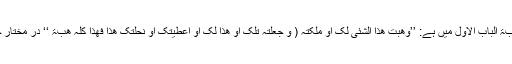
جیسا کہ عالمگیری جلد۴صفحہ ۲۷۵ کتاب الھبۃ الباب الاول میں ہے: ’’وھبت ھذا الشئی لک او ملکتہ ( و جعلتہ تلک او ھذا لک او اعطیتک او نحلتک ھذا فھذا کلہ ھبۃ ‘‘ در مختار جلد۴ میں ہے: ’’و تتم الھبۃ بالقبض الکامل ‘‘ ۔